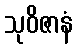
သုဝိဇာနံ